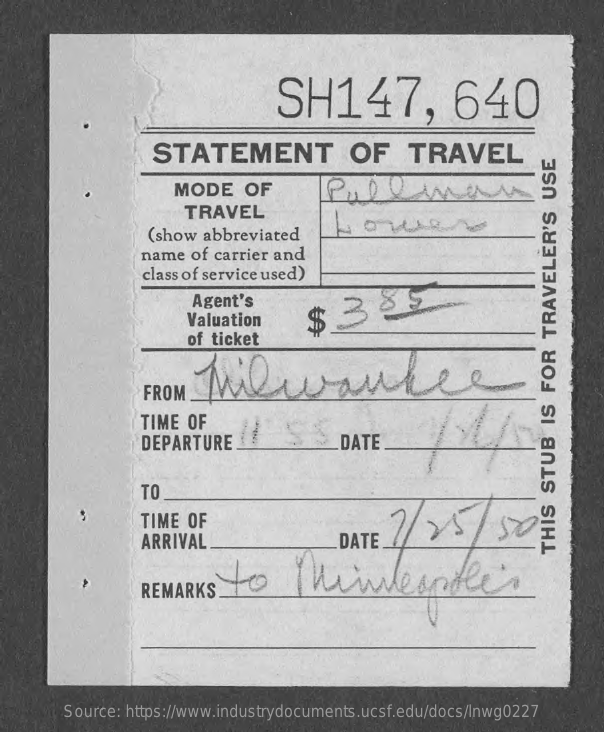
SH147,    640
     STATEMENT    OF    TRAVEL
     MODE    OF
     TRAVEL
     (show abbreviated
     name  of carrier and
     class of service used)
     Agent's
     Valuation    $355
     of ticket
     Milwaukee
     FROM
     TIME OF
     DEPARTURE    DATE
     TO
     TIME OF    7/25    /  570
     ARRIVAL    DATE
     to    windeandle's
     THIS
     STUB
     IS
     FOR
     TRAVELER'S
     USE
     REMARKS
     Source: https://www.industrydocuments.ucsf.edu/docs/lnwg0227